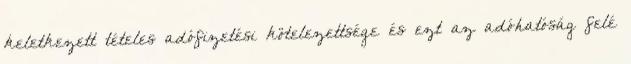
keletkezett tételes adófizetési kötelezettsége és ezt az adóhatóság felé